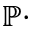
\mathbb { P } \cdot